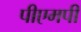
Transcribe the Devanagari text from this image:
पीएमपी